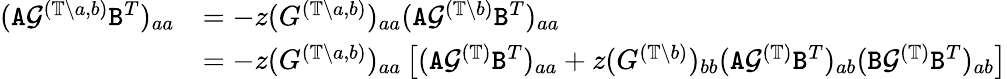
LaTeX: \begin{array}{rl}{({\texttt A}{\mathcal G}^{(\mathbb{T}\backslash a,b)}{\texttt B}^{T})_{aa}}&{=-z(G^{(\mathbb{T}\backslash a,b)})_{aa}({\texttt A}{\mathcal G}^{(\mathbb{T}\backslash b)}{\texttt B}^{T})_{aa}}\\ &{=-z(G^{(\mathbb{T}\backslash a,b)})_{aa}\left[({\texttt A}{\mathcal G}^{(\mathbb{T})}{\texttt B}^{T})_{aa}+z(G^{(\mathbb{T}\backslash b)})_{bb}({\texttt A}{\mathcal G}^{(\mathbb{T})}{\texttt B}^{T})_{ab}({\texttt B}{\mathcal G}^{(\mathbb{T})}{\texttt B}^{T})_{ab}\right]}\end{array}